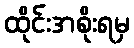
ထိုင်းအစိုးရမှ